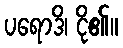
ပရောဒိ၊ ငို၏။